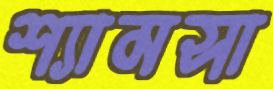
শ্যামসা